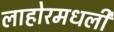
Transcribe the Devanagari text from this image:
लाहोरमधली